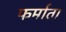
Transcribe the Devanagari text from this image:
फर्माता